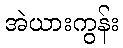
အဲယားကွန်း